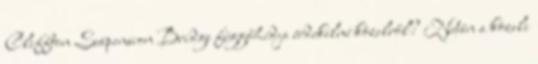
Cliffton Suspension Bridge függőhídja érdekelné közelről? Netán a közeli